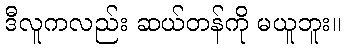
ဒီလူကလည်း ဆယ်တန်ကို မယူဘူး။